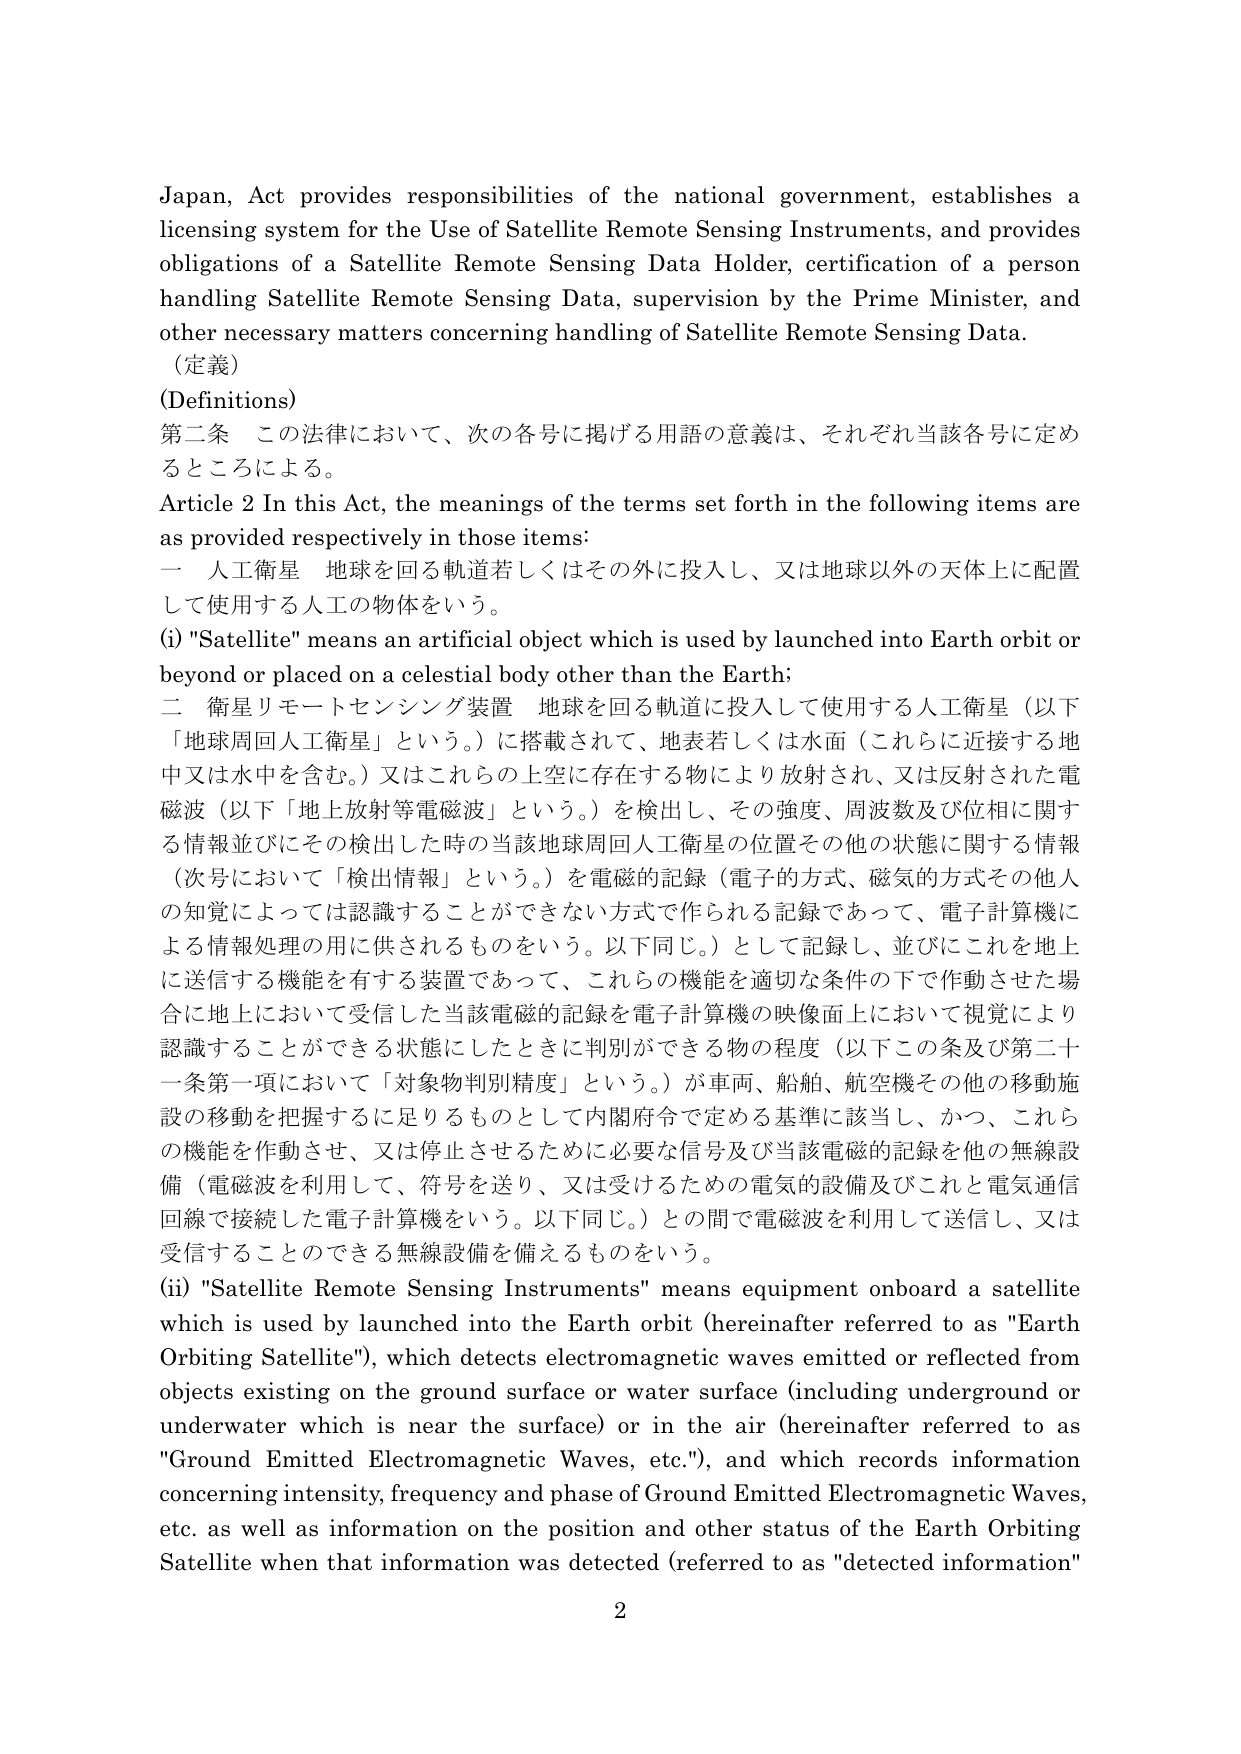
Japan, Act provides responsibilities of the national government, establishes a licensing system for the Use of Satellite Remote Sensing Instruments, and provides obligations of a Satellite Remote Sensing Data Holder, certification of a person handling Satellite Remote Sensing Data, supervision by the Prime Minister, and other necessary matters concerning handling of Satellite Remote Sensing Data.

（定義）
(Definitions)
第二条 この法律において、次の各号に掲げる用語の意義は、それぞれ当該各号に定めるところによる。
Article 2 In this Act, the meanings of the terms set forth in the following items are as provided respectively in those items:
一 人工衛星 地球を回る軌道若しくはその外に投入し、又は地球以外の天体上に配置して使用する人工の物体をいう。
(i) "Satellite" means an artificial object which is used by launched into Earth orbit or beyond or placed on a celestial body other than the Earth;
二 衛星リモートセンシング装置 地球を回る軌道に投入して使用する人工衛星（以下「地球周回人工衛星」という。）に搭載されて、地表若しくは水面（これらに近接する地中又は水中を含む。）又はこれらの上空に存在する物により放射され、又は反射された電磁波（以下「地上放射等電磁波」という。）を検出し、その強度、周波数及び位相に関する情報並びにその検出した時の当該地球周回人工衛星の位置その他の状態に関する情報（次号において「検出情報」という。）を電磁的記録（電子的方式、磁気的方式その他人の知覚によっては認識することができない方式で作られる記録であって、電子計算機による情報処理の用に供されるものをいう。以下同じ。）として記録し、並びにこれを地上に送信する機能を有する装置であって、これらの機能を適切な条件の下で作動させた場合に地上において受信した当該電磁的記録を電子計算機の映像面上において視覚により認識することができる状態にしたときに判別ができる物の程度（以下この条及び第二十一条第一項において「対象物判別精度」という。）が車両、船舶、航空機その他の移動施設の移動を把握するに足りるものとして内閣府令で定める基準に該当し、かつ、これらの機能を作動させ、又は停止させるために必要な信号及び当該電磁的記録を他の無線設備（電磁波を利用して、符号を送り、又は受けるための電気的設備及びこれと電気通信回線で接続した電子計算機をいう。以下同じ。）との間で電磁波を利用して送信し、又は受信することのできる無線設備を備えるものをいう。
(ii) "Satellite Remote Sensing Instruments" means equipment onboard a satellite which is used by launched into the Earth orbit (hereinafter referred to as "Earth Orbiting Satellite"), which detects electromagnetic waves emitted or reflected from objects existing on the ground surface or water surface (including underground or underwater which is near the surface) or in the air (hereinafter referred to as "Ground Emitted Electromagnetic Waves, etc."), and which records information concerning intensity, frequency and phase of Ground Emitted Electromagnetic Waves, etc. as well as information on the position and other status of the Earth Orbiting Satellite when that information was detected (referred to as "detected information")

2